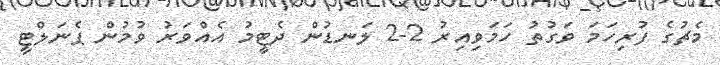
މެޗުގެ ފުރިހަމަ ވަގުތު ހަމަވިއިރު 2-2 ލަނޑުން ދެޓީމު އެއްވަރު ވުމުން ޕެނަލްޓީ